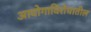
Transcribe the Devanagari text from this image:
आयोगाविरोधातील